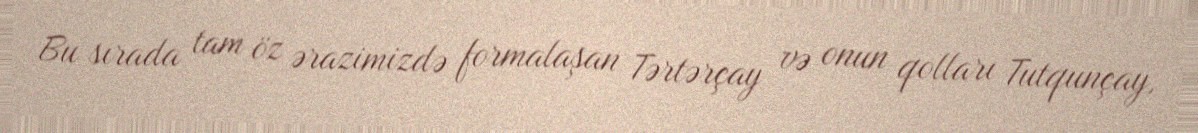
Bu sırada tam öz ərazimizdə formalaşan Tərtərçay və onun qolları Tutqunçay,